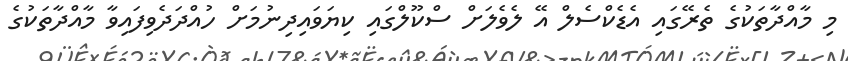
މި މާއްދާތަކުގެ ތެރޭގައި އެޑެކްސެލް އޭ ލެވެލަށް ސްކޫލްގައި ކިޔަވައިދިނުމަށް ހުއްދަދެވިފައިވާ މާއްދާތަކުގެ